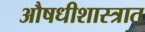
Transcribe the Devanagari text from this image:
औषधीशास्त्रात